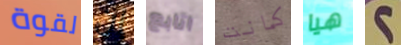
لقوة إن اتابع كانت هيا 2